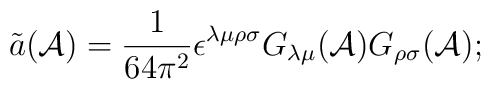
\tilde{a}({\cal A})=\frac{1}{64\pi^2}\epsilon^{\lambda\mu\rho\sigma}G_{\lambda\mu}({\cal A})G_{\rho\sigma}({\cal A});